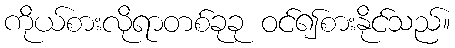
ကိုယ်စားလိုရာတစ်ခုခု ဝင်၍စားနိုင်သည်။